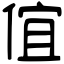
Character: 𠊙